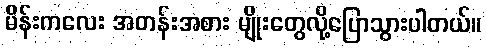
မိန်းကလေး အတန်းအစား မျိုးတွေလို့ပြောသွားပါတယ်။